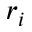
r _ { i }